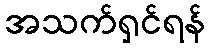
အသက်ရှင်ရန်